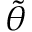
\Tilde { \theta }